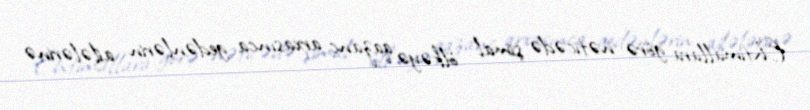
Ehtimallara görə nəticədə şimal ölkəyə qazanc arxasınca gedənlərin ailələrinə